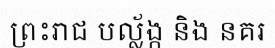
ព្រះរាជ បល្ល័ង្ក និង នគរ